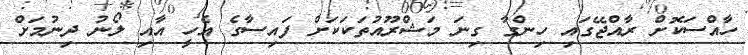
ހާއްސަކޮށް ރާއްޖޭގައި ހިންގާ ގިނަ މަޝްރޫއުތަކަކަށް ފައިސާގެ އެހީ އާއި ލޯނު ދިނުމަށް